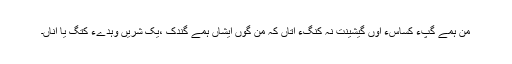
من ہمے گپّءِ کساسءَ اوں گیشینت نہ کنگءَ اتاں کہ من گوں ایشاں ہمے گندُک ،یک شرّیں وہدےءَ کتگ یا اِنّاں۔